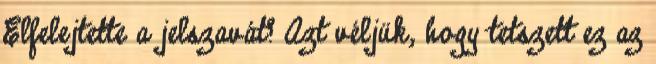
Elfelejtette a jelszavát? Azt véljük, hogy tetszett ez az